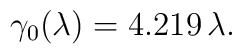
\gamma _0(\lambda )=4.219\,\lambda .